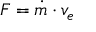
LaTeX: F = { \dot { m } } \cdot v _ { e }